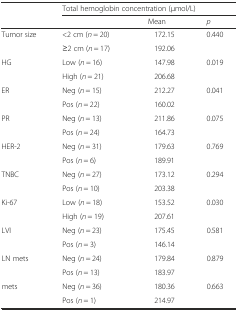
<table><thead><tr><td></td><td colspan="3"><b>Total hemoglobin concentration (μmol/L)</b></td></tr><tr><td></td><td></td><td><b>Mean</b></td><td><b><i>p</i></b></td></tr></thead><tbody><tr><td rowspan="2">Tumor size</td><td>&lt;2 cm (<i>n</i> = 20)</td><td>172.15</td><td>0.440</td></tr><tr><td>≥2 cm (<i>n</i> = 17)</td><td>192.06</td><td></td></tr><tr><td rowspan="2">HG</td><td>Low (<i>n</i> = 16)</td><td>147.98</td><td>0.019</td></tr><tr><td>High (<i>n</i> = 21)</td><td>206.68</td><td></td></tr><tr><td rowspan="2">ER</td><td>Neg (<i>n</i> = 15)</td><td>212.27</td><td>0.041</td></tr><tr><td>Pos (<i>n</i> = 22)</td><td>160.02</td><td></td></tr><tr><td rowspan="2">PR</td><td>Neg (<i>n</i> = 13)</td><td>211.86</td><td>0.075</td></tr><tr><td>Pos (<i>n</i> = 24)</td><td>164.73</td><td></td></tr><tr><td rowspan="2">HER-2</td><td>Neg (<i>n</i> = 31)</td><td>179.63</td><td>0.769</td></tr><tr><td>Pos (<i>n</i> = 6)</td><td>189.91</td><td></td></tr><tr><td rowspan="2">TNBC</td><td>Neg (<i>n</i> = 27)</td><td>173.12</td><td>0.294</td></tr><tr><td>Pos (<i>n</i> = 10)</td><td>203.38</td><td></td></tr><tr><td rowspan="2">Ki-67</td><td>Low (<i>n</i> = 18)</td><td>153.52</td><td>0.030</td></tr><tr><td>High (<i>n</i> = 19)</td><td>207.61</td><td></td></tr><tr><td rowspan="2">LVI</td><td>Neg (<i>n</i> = 23)</td><td>175.45</td><td>0.581</td></tr><tr><td>Pos (<i>n</i> = 3)</td><td>146.14</td><td></td></tr><tr><td rowspan="2">LN mets</td><td>Neg (<i>n</i> = 24)</td><td>179.84</td><td>0.879</td></tr><tr><td>Pos (<i>n</i> = 13)</td><td>183.97</td><td></td></tr><tr><td rowspan="2">mets</td><td>Neg (<i>n</i> = 36)</td><td>180.36</td><td>0.663</td></tr><tr><td>Pos (<i>n</i> = 1)</td><td>214.97</td><td></td></tr></tbody></table>